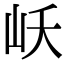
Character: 岆